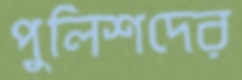
পুলিশদের